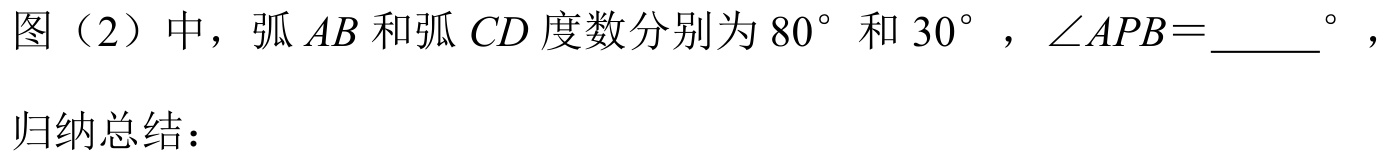
图（2）中，弧\(AB\)和弧\(CD\)度数分别为\(80^{\circ}\)和\(30^{\circ}\)，\(\angle APB = \underline{\quad\quad}^{\circ}\)，
归纳总结：